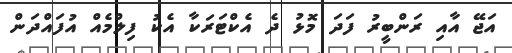
އަޖޭ އާއި ރަންބީރު ފަދަ މޮޅު ދެ އެކްޓަރަކާ އެކު ފިލްމެއް އުފައްދަން